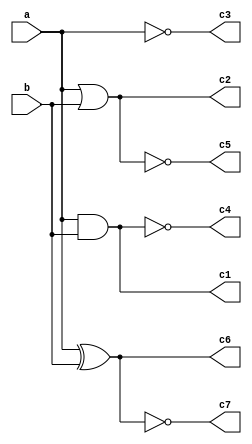

module gates(a, b, c1, c2, c3, c4, c5, c6, c7);
  input a, b;
  output c1, c2, c3, c4, c5, c6, c7;

  // logical AND
  and AND(c1, a, b);
  or OR(c2, a, b);
  not NOT(c3, a);
  nand NAND(c4, a, b);
  nor NOR(c5, a, b);
  xor XOR(c6, a, b);
  xnor XNOR(c7, a, b);

endmodule